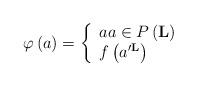
LaTeX: \begin{align*}\varphi\left( a\right) =\left\{\begin{array}[c]{l}aa\in P\left( {\mathbf{L}}\right) \\f\left( a^{\prime{\mathbf{L}}}\right) \end{array}\right.\end{align*}